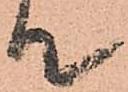
て